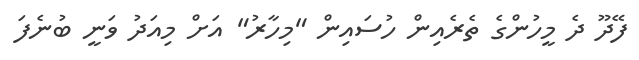
ފޭދޫ ދެ މީހުންގެ ތެރެއިން ހުސައިން "މިހާރު" އަށް މިއަދު ވަނީ ބުނެފަ